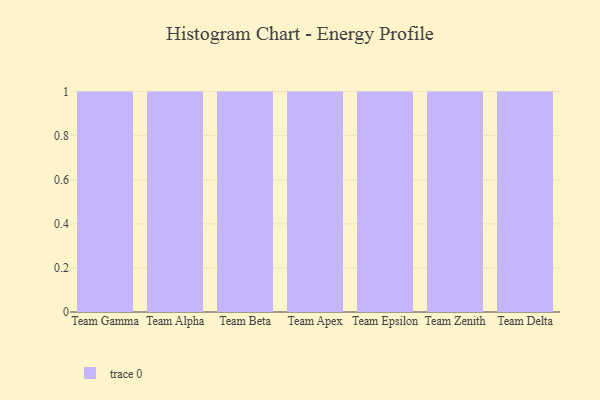
{"axis": {"x": "Team", "y": "Tickets Resolved"}, "legend": [""], "data": [{"x": "Team Gamma", "y": 14, "type": ""}, {"x": "Team Alpha", "y": 55, "type": ""}, {"x": "Team Beta", "y": 72, "type": ""}, {"x": "Team Apex", "y": 14, "type": ""}, {"x": "Team Epsilon", "y": 98, "type": ""}, {"x": "Team Zenith", "y": 68, "type": ""}, {"x": "Team Delta", "y": 97, "type": ""}]}